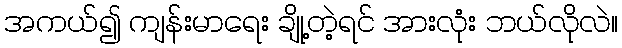
အကယ်၍ ကျန်းမာရေး ချို့တဲ့ရင် အားလုံး ဘယ်လိုလဲ။